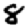
Digit: 8